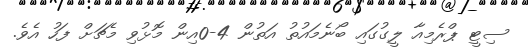
ސިޓީ ޕްރެމިއާ ލީގުގައި ބޯނެމައުތު އަތުން 4-0އިން މޮޅުވި މެޗަށް ފަހު އެވެ.